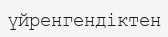
үйренгендіктен